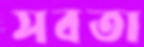
সবতা